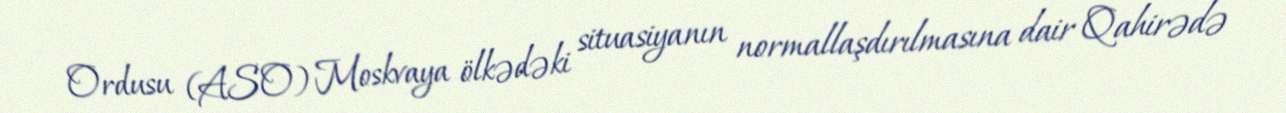
Ordusu (ASO) Moskvaya ölkədəki situasiyanın normallaşdırılmasına dair Qahirədə